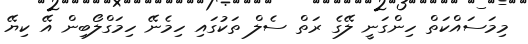
މިމަސައްކަތް ހިންގަނީ ލޭގެ ރަތް ސެލް ތަކުގައި ހިމެނޭ ހިމަގްލޯބިން އޭ ކިޔޭ